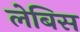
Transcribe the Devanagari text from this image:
लेबिस